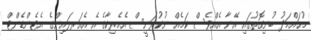
މުޙައްމަދު ބުނިގޮތުގައި އޭނާ އެއްވެސް ކަމެއް ނުކުރަނީސް އެމެރިކާގެ އެ އެއަރލައިންގެ އެޓެންޑެންޓް